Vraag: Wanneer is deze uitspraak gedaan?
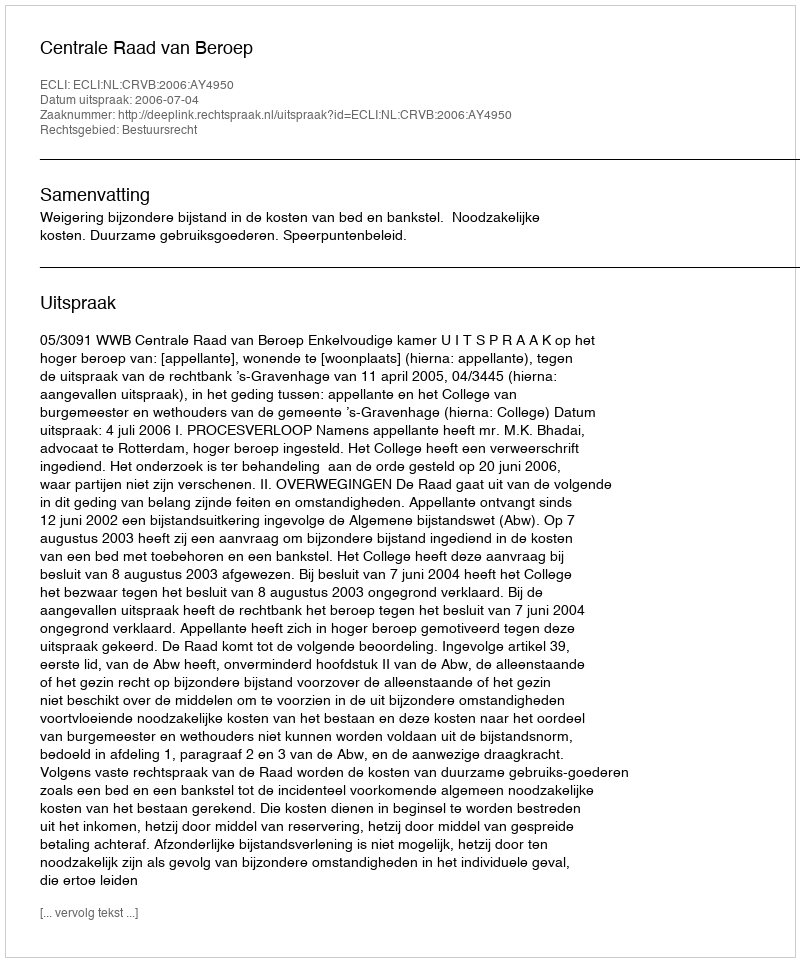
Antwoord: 2006-07-04